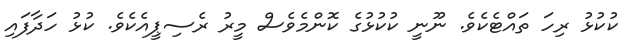
ކުކުޅު ރިހަ ތައްޓެކެވެ. ނޫނީ ކުކުޅުގެ ކޮންމެވެސް މީރު ރެސިޕީއެކެވެ. ކުޅު ހަދާފައި